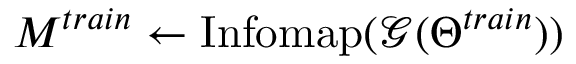
M ^ { t r a i n } \gets \mathrm { I n f o m a p } ( \mathcal { G } ( \Theta ^ { t r a i n } ) )